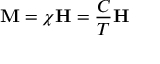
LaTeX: \mathbf { M } = \chi \mathbf { H } = { \frac { C } { T } } \mathbf { H }